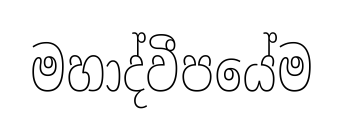
මහාද්වීපයේම